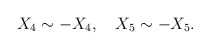
\begin{align*}X_{4} \sim -X_{4},\ \ \ X_{5} \sim -X_{5}.\end{align*}